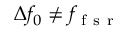
\Delta f _ { 0 } \neq f _ { \mathrm { ~ f ~ s ~ r ~ } }